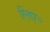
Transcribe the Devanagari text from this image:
लिए॰